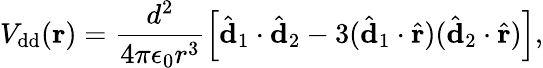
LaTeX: V_{\mathrm{dd}}({\mathbf{r}})=\frac{d^{2}}{4\pi\epsilon_{0}r^{3}}\left[\hat{\mathbf{d}}_{1}\cdot\hat{\mathbf{d}}_{2}-3(\hat{\mathbf{d}}_{1}\cdot\hat{\mathbf{r}})(\hat{\mathbf{d}}_{2}\cdot\hat{\mathbf{r}})\right],